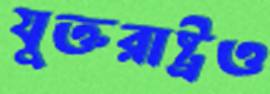
যুক্তরাষ্ট্রও